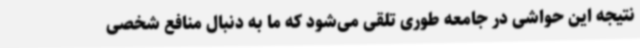
نتیجه این حواشی در جامعه طوری تلقی می‌شود که ما به دنبال منافع شخصی